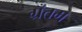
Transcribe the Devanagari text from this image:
ग्रँतम